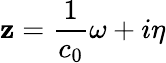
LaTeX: \mathbf{z}=\frac{{1}}{{c_{0}}}\omega+i\eta